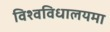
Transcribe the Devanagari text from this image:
विश्वविधालयमा